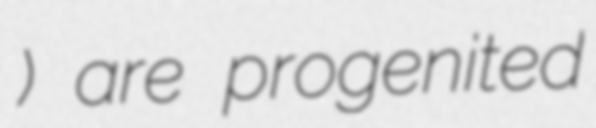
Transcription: لودین) are progenited